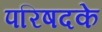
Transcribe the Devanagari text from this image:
परिषदके